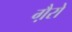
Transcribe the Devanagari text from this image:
गै़रो